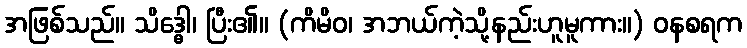
အဖြစ်သည်။ သိဒ္ဓေါ၊ ပြီး၏။ (ကိမိဝ၊ အဘယ်ကဲ့သို့နည်းဟူမူကား။) ဝနစရက